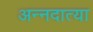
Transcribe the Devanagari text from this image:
अन्नदात्या